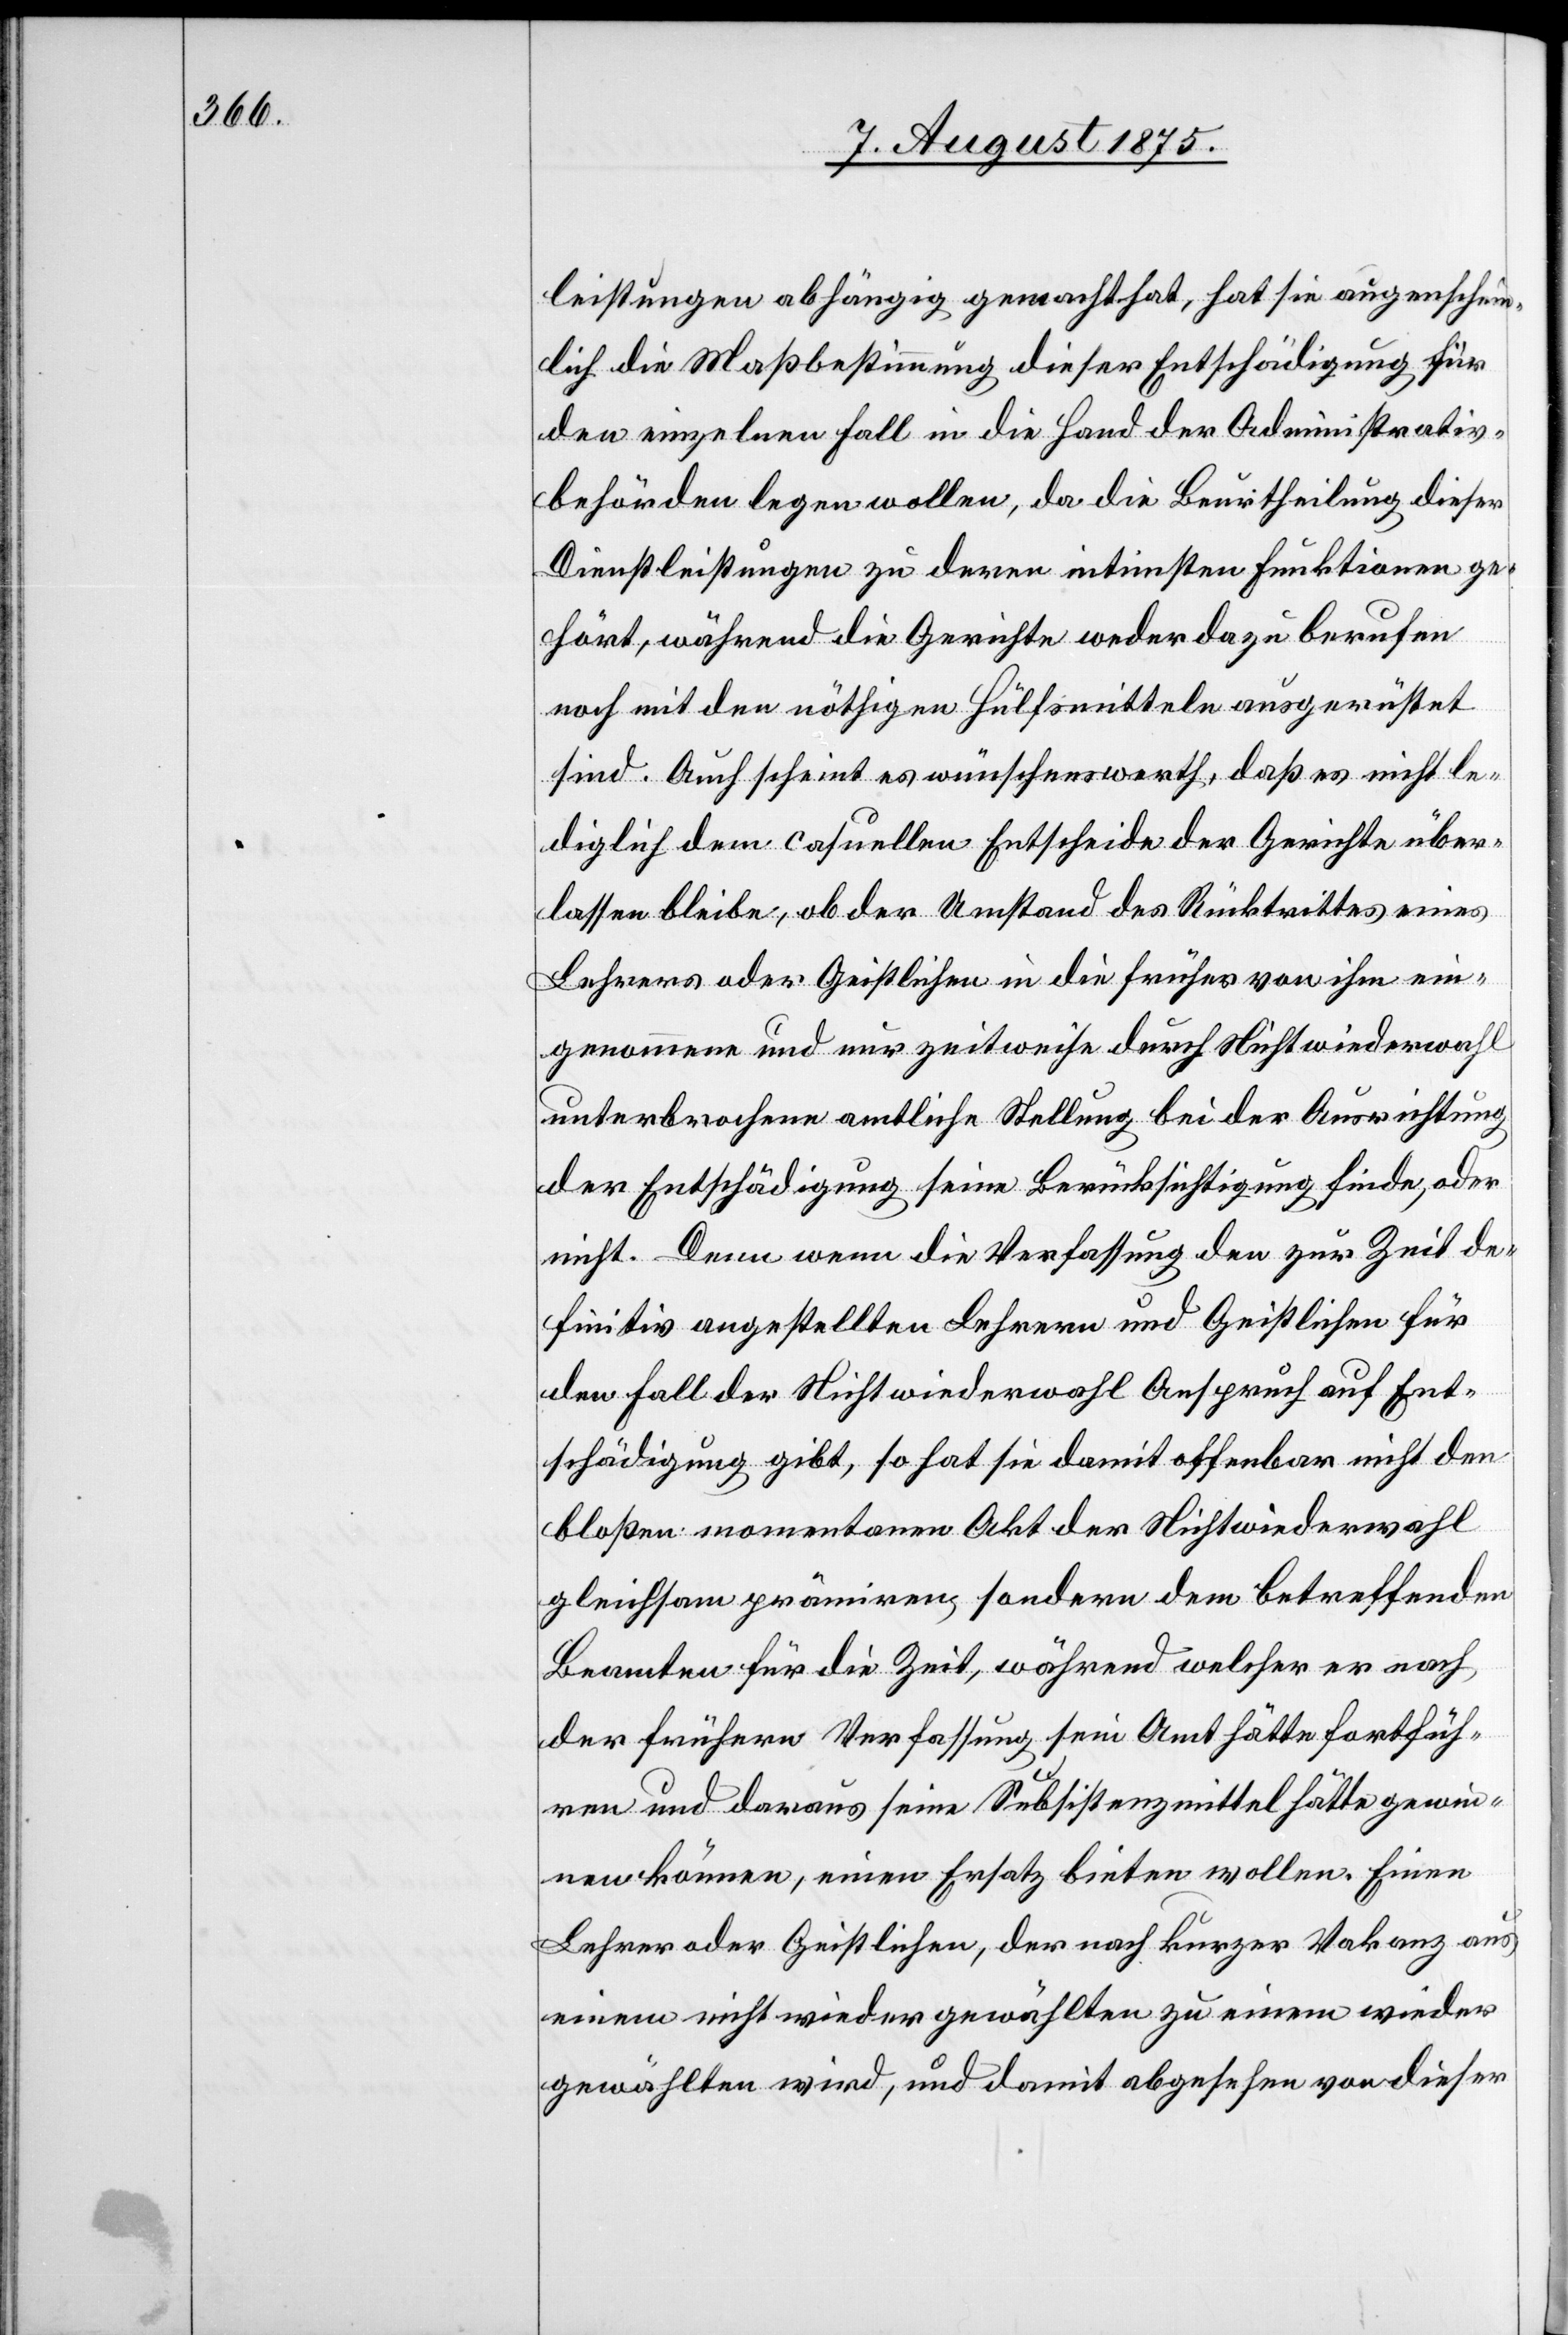
leistungen abhängig gemacht hat, hat sie augenschein¬
lich die Maßbestimmung dieser Entschädigung für
den einzelnen Fall in die Hand der Administrativ¬
behörden legen wollen, da die Beurtheilung dieser
Dienstleistungen zu deren intimsten Funktionen ge¬
hört, während die Gerichte weder dazu berufen
noch mit den nöthigen Hülfsmitteln ausgerüstet
sind. Auch scheint es wünschenswerth, daß es nicht le¬
diglich dem casuellen Entscheide der Gerichte über¬
lassen bleibe, ob der Umstand des Rücktrittes eines
Lehrers oder Geistlichen in die früher von ihm ein¬
genommene und nur zeitweise durch Nichtwiederwahl
unterbrochene amtliche Stellung bei der Ausrichtung
der Entschädigung seine Berücksichtigung finde, oder
nicht. Denn wenn die Verfassung den zur Zeit de¬
finitiv angestellten Lehrern und Geistlichen für
den Fall der Nichtwiederwahl Anspruch auf Ent¬
schädigung gibt, so hat sie damit offenbar nicht den
bloßen momentanen Akt der Nichtwiederwahl
gleichsam prämiren, sondern dem betreffenden
Beamten für die Zeit, während welcher er nach
der frühern Verfassung sein Amt hätte fortfüh¬
ren und daraus seine Subsistenzmittel hätte gewin¬
nen können, einen Ersatz bieten wollen. Einen
Lehrer oder Geistlichen, der nach kurzer Vakanz aus
einem nicht wiedergewählten zu einem wieder
gewählten wird, und damit abgesehen von dieser